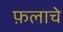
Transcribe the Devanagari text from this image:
फ़लाचे